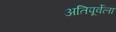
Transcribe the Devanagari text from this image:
अतिपूर्वेला